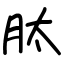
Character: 肽